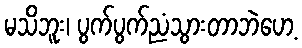
မသိဘူး၊ ပွက်ပွက်ညံသွားတာဘဲဟေ့